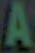
A